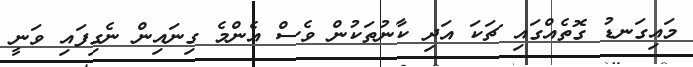
މައިގަނޑު ގޮތެއްގައި ޗަކަ އަދި ކާނުތަކުން ވެސް އެންމެ ގިނައިން ނެގިފައި ވަނީ